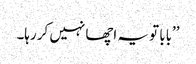
’’بابا تو یہ اچھا نہیں کر رہا۔